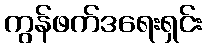
ကွန်ဖက်ဒရေးရှင်း